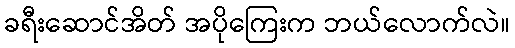
ခရီးဆောင်အိတ် အပိုကြေးက ဘယ်လောက်လဲ။